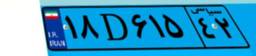
۱۲D۵۰۶۷۲